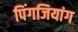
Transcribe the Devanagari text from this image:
पिंगजियांग